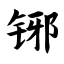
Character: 铘